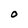
Character: O